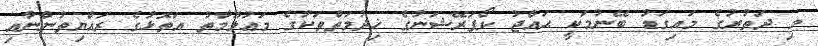
މި ދަތުރުގެ މައިގަޑު ބޭނުމަކީ ޙައްޖު ކޯޕަރޭޝަނުގެ ޚިދުމަތްތަކުގެ މަޢުލޫމާތު އަތޮޅުގެ ރައްޔިތުންނާއި